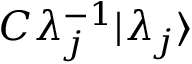
C \lambda _ { j } ^ { - 1 } | \lambda _ { j } \rangle